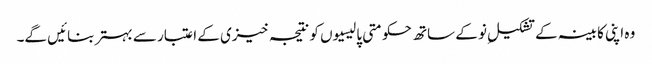
وہ اپنی کابینہ کے تشکیلِ نو کے ساتھ حکومتی پالیسیوں کو نتیجہ خیزی کے اعتبار سے بہتر بنائیں گے۔